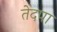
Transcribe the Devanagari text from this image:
तेदपा